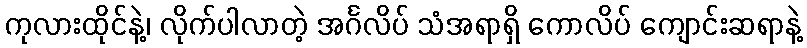
ကုလားထိုင်နဲ့၊ လိုက်ပါလာတဲ့ အင်္ဂလိပ် သံအရာရှိ ကောလိပ် ကျောင်းဆရာနဲ့